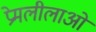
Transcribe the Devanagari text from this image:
प्रेमलीलाओं